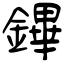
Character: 鏎